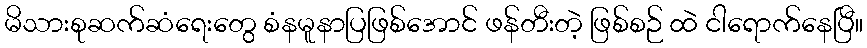
မိသားစုဆက်ဆံရေးတွေ စံနမူနာပြဖြစ်အောင် ဖန်တီးတဲ့ ဖြစ်စဉ် ထဲ ငါရောက်နေပြီ။